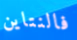
فالنتاين